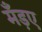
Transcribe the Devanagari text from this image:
मँड़ए